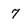
Character: 7